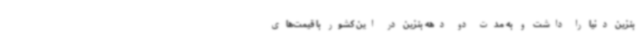
بنزین دنیا را داشت و به مدت دو دهه بنزین در این کشور با قیمت‌های